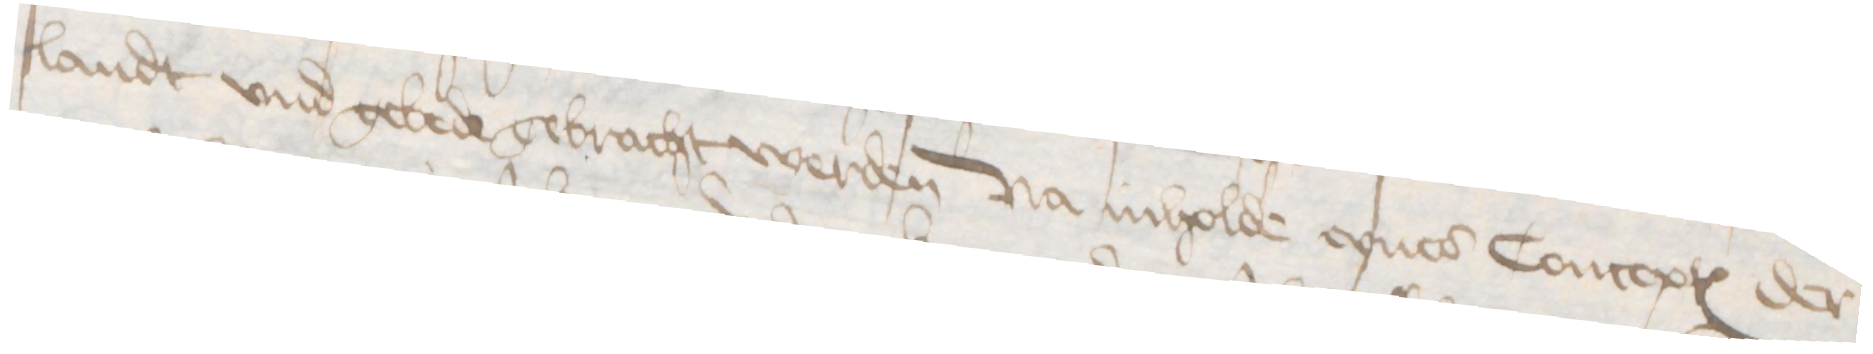
landt vnd gebede gebracht werden Na inholde eynes Conceptes der